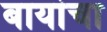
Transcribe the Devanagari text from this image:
बायांचा